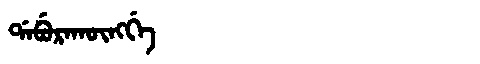
Manchu: ᡩᠠᠪᡠᡵᠠᡴᡡᠩᡤᡝ
Romanization: DABURAKŪNGGE